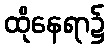
ထိုနေရာ၌